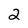
Character: 2